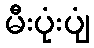
မီးပုံးပျံ